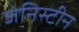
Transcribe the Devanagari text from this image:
जेनिस्टीन